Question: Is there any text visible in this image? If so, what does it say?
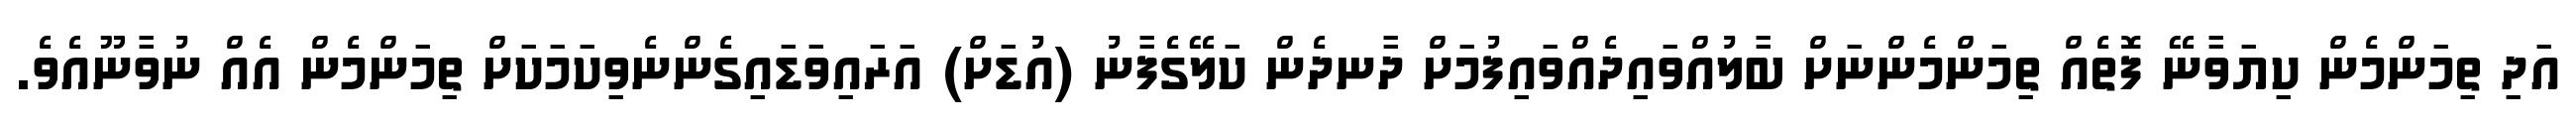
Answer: އަދި ތިމަންމެން ކިޔަވާނޭ ފޮތެއް ތިމަންމެންނަށް ބާލުއްވައިދެއްވައިފުމަށް ދާނދެން ކަލޭގެފާނު (އުޑަށް) އަރައިވަޑައިގެންނެވިކަމަކަށް ތިމަންމެން އެއް ނުވާނޫއެވެ.